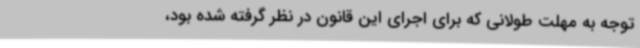
توجه به مهلت طولانی که برای اجرای این قانون در نظر گرفته شده بود،